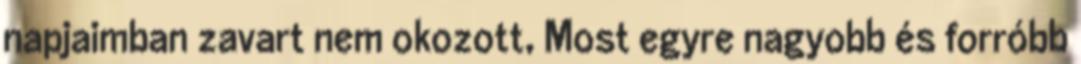
napjaimban zavart nem okozott, Most egyre nagyobb és forróbb